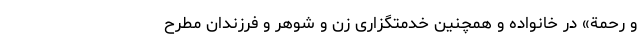
وَ رَحْمَةً» در خانواده و همچنین خدمتگزاری زن و شوهر و فرزندان مطرح